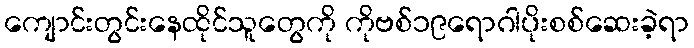
ကျောင်းတွင်းနေထိုင်သူတွေကို ကိုဗစ်၁၉ရောဂါပိုးစစ်ဆေးခဲ့ရာ